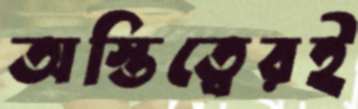
অস্তিত্বেরই